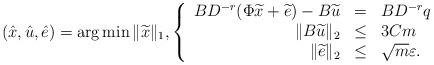
LaTeX: \begin{align*}(\hat{x},\hat{u}, \hat{e})=\arg\min \|\widetilde{x}\|_1, \left\{\begin{array}{rcl} BD^{-r}(\Phi \widetilde{x}+\widetilde{e}) -B\widetilde{u} &=&BD^{-r}{q}\\\|B\widetilde{u}\|_2 &\leq& 3Cm\\\|\widetilde{e}\|_2 &\leq & \sqrt{m} \varepsilon.\end{array}\right.\end{align*}